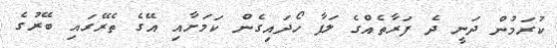
ކުރަމުން ދަނީ ދެ ފަރާތެއްގެ ލަފާ ހޯދައިގެން ކަމަށާއި އޭގެ ތެރޭގައި ބޭރުގެ